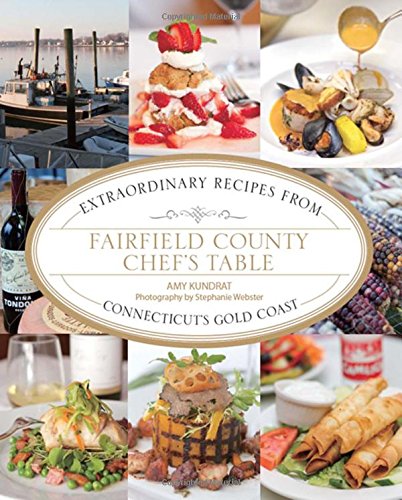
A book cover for Fairfield County Chef's Table: Extraordinary Recipes From Connecticut's Gold Coast; Amy Dr Kundrat; Cookbooks, Food & Wine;